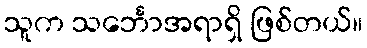
သူက သင်္ဘောအရာရှိ ဖြစ်တယ်။